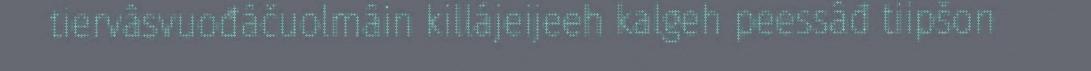
tiervâsvuođâčuolmâin killájeijeeh kalgeh peessâđ tiipšon